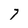
Character: 7